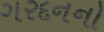
ગરદનનો